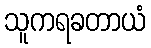
သူကရခတာယံ